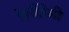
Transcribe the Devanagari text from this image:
मूर्तीप्रेमी